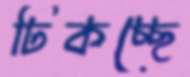
ঢিকচ্ছে